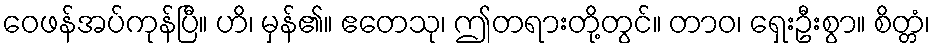
ဝေဖန်အပ်ကုန်ပြီ။ ဟိ၊ မှန်၏။ ဧတေသု၊ ဤတရားတို့တွင်။ တာဝ၊ ရှေးဦးစွာ။ စိတ္တံ၊